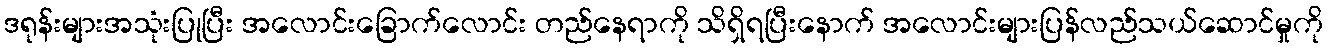
ဒရုန်းများအသုံးပြုပြီး အလောင်းခြောက်လောင်း တည်နေရာကို သိရှိရပြီးနောက် အလောင်းများပြန်လည်သယ်ဆောင်မှုကို